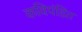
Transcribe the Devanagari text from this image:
कविपंडित